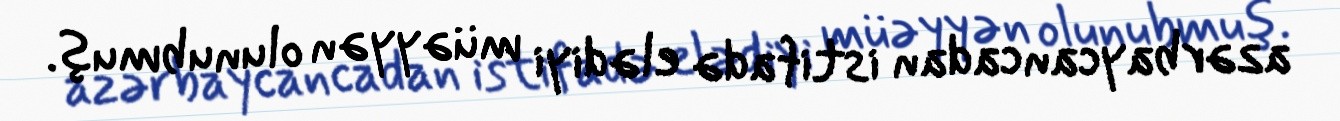
azərbaycancadan istifadə elədiyi müəyyən olunubmuş.